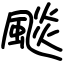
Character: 颷